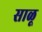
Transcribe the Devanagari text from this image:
साळू